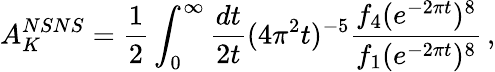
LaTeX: A_{K}^{NSNS}={\frac{1}{2}}\int_{0}^{\infty}{\frac{dt}{2t}}(4\pi^{2}t)^{-5}{\frac{f_{4}(e^{-2\pi t})^{8}}{f_{1}(e^{-2\pi t})^{8}}}\, ,